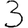
Digit: 3